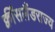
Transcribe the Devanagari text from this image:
क्वींसलैंडराज्य